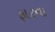
ફાટવા